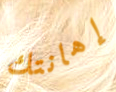
إهانتك